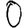
Digit: 0